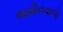
જમીનવાળો